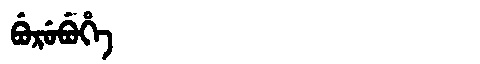
Manchu: ᠪᡠᡵᡠᠪᡠᡥᡝ
Romanization: BURUBUHE